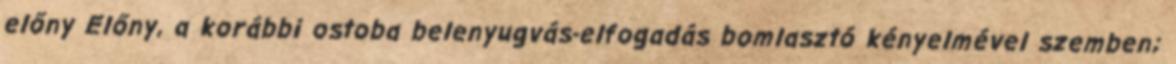
előny Előny, a korábbi ostoba belenyugvás-elfogadás bomlasztó kényelmével szemben;